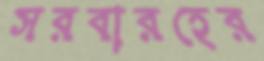
সরবারহের